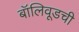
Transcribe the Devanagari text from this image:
बॉलिवूडची